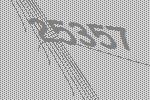
25357